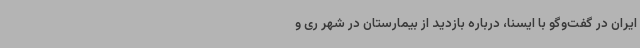
ایران در گفت‌وگو با ایسنا، درباره بازدید از بیمارستان در شهر ری و